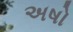
અષો